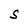
Character: S